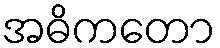
အဓိကတော